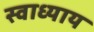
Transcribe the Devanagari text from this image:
स्‍वाध्‍याय